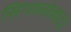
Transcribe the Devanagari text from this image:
सिंगालोवाद।